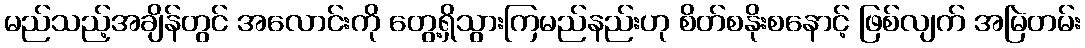
မည်သည့်အချိန်တွင် အလောင်းကို တွေ့ရှိသွားကြမည်နည်းဟု စိတ်စနိုးစနောင့် ဖြစ်လျက် အမြဲတမ်း